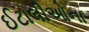
ઈટાલીઓના